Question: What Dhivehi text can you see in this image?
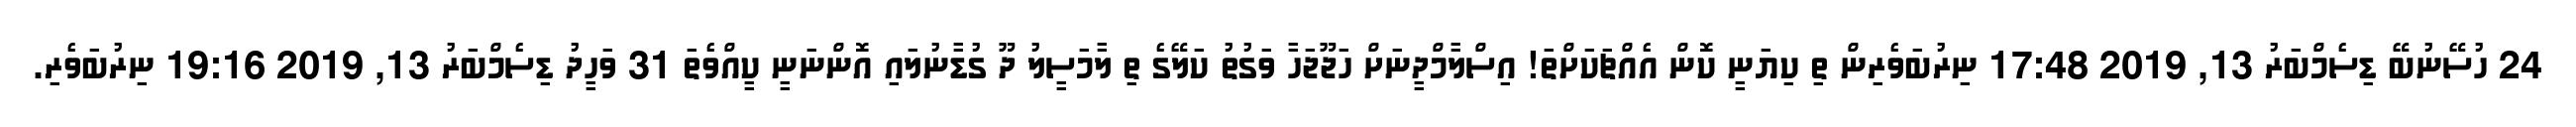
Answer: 24 ހުސޭނުބޭ ޑިސެމްބަރު 13, 2019 17:48 ނިރުބަވެރިން ތި ކިޔަނީ ކޮން އެއްޗަކަށްތަ! އިސްލާމްދީނަށް ހަޖޫޖަހާ ވަގުތު ކަލޭގެ ތި ލާމަސީލު ދޫ ގުޑާނުލައި އޮންނަނީ ކީއްވެތަ 31 ވަހީދު ޑިސެމްބަރު 13, 2019 19:16 ނިރުބަވެރި.